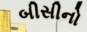
બીસીનો